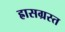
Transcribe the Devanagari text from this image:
ह्रासग्रस्त